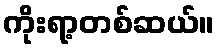
ကိုးရာ့တစ်ဆယ်။